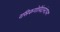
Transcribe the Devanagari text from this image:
रसिकगोविंदानंदधन